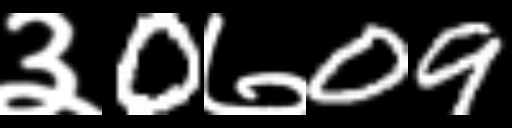
Text: ३0७09